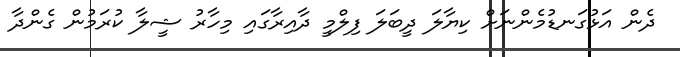
ދެން އަޅުގަނޑުމެންނަށް ކިޔާލަ ދީބަލަ ފިލްމީ ދާއިރާގައި މިހާރު ޝީލާ ކުރަމުން ގެންދާ